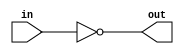
module not_gate (
    input wire in,
    output wire out
);

assign out = ~in;

endmodule